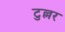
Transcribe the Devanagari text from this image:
टुल्लर